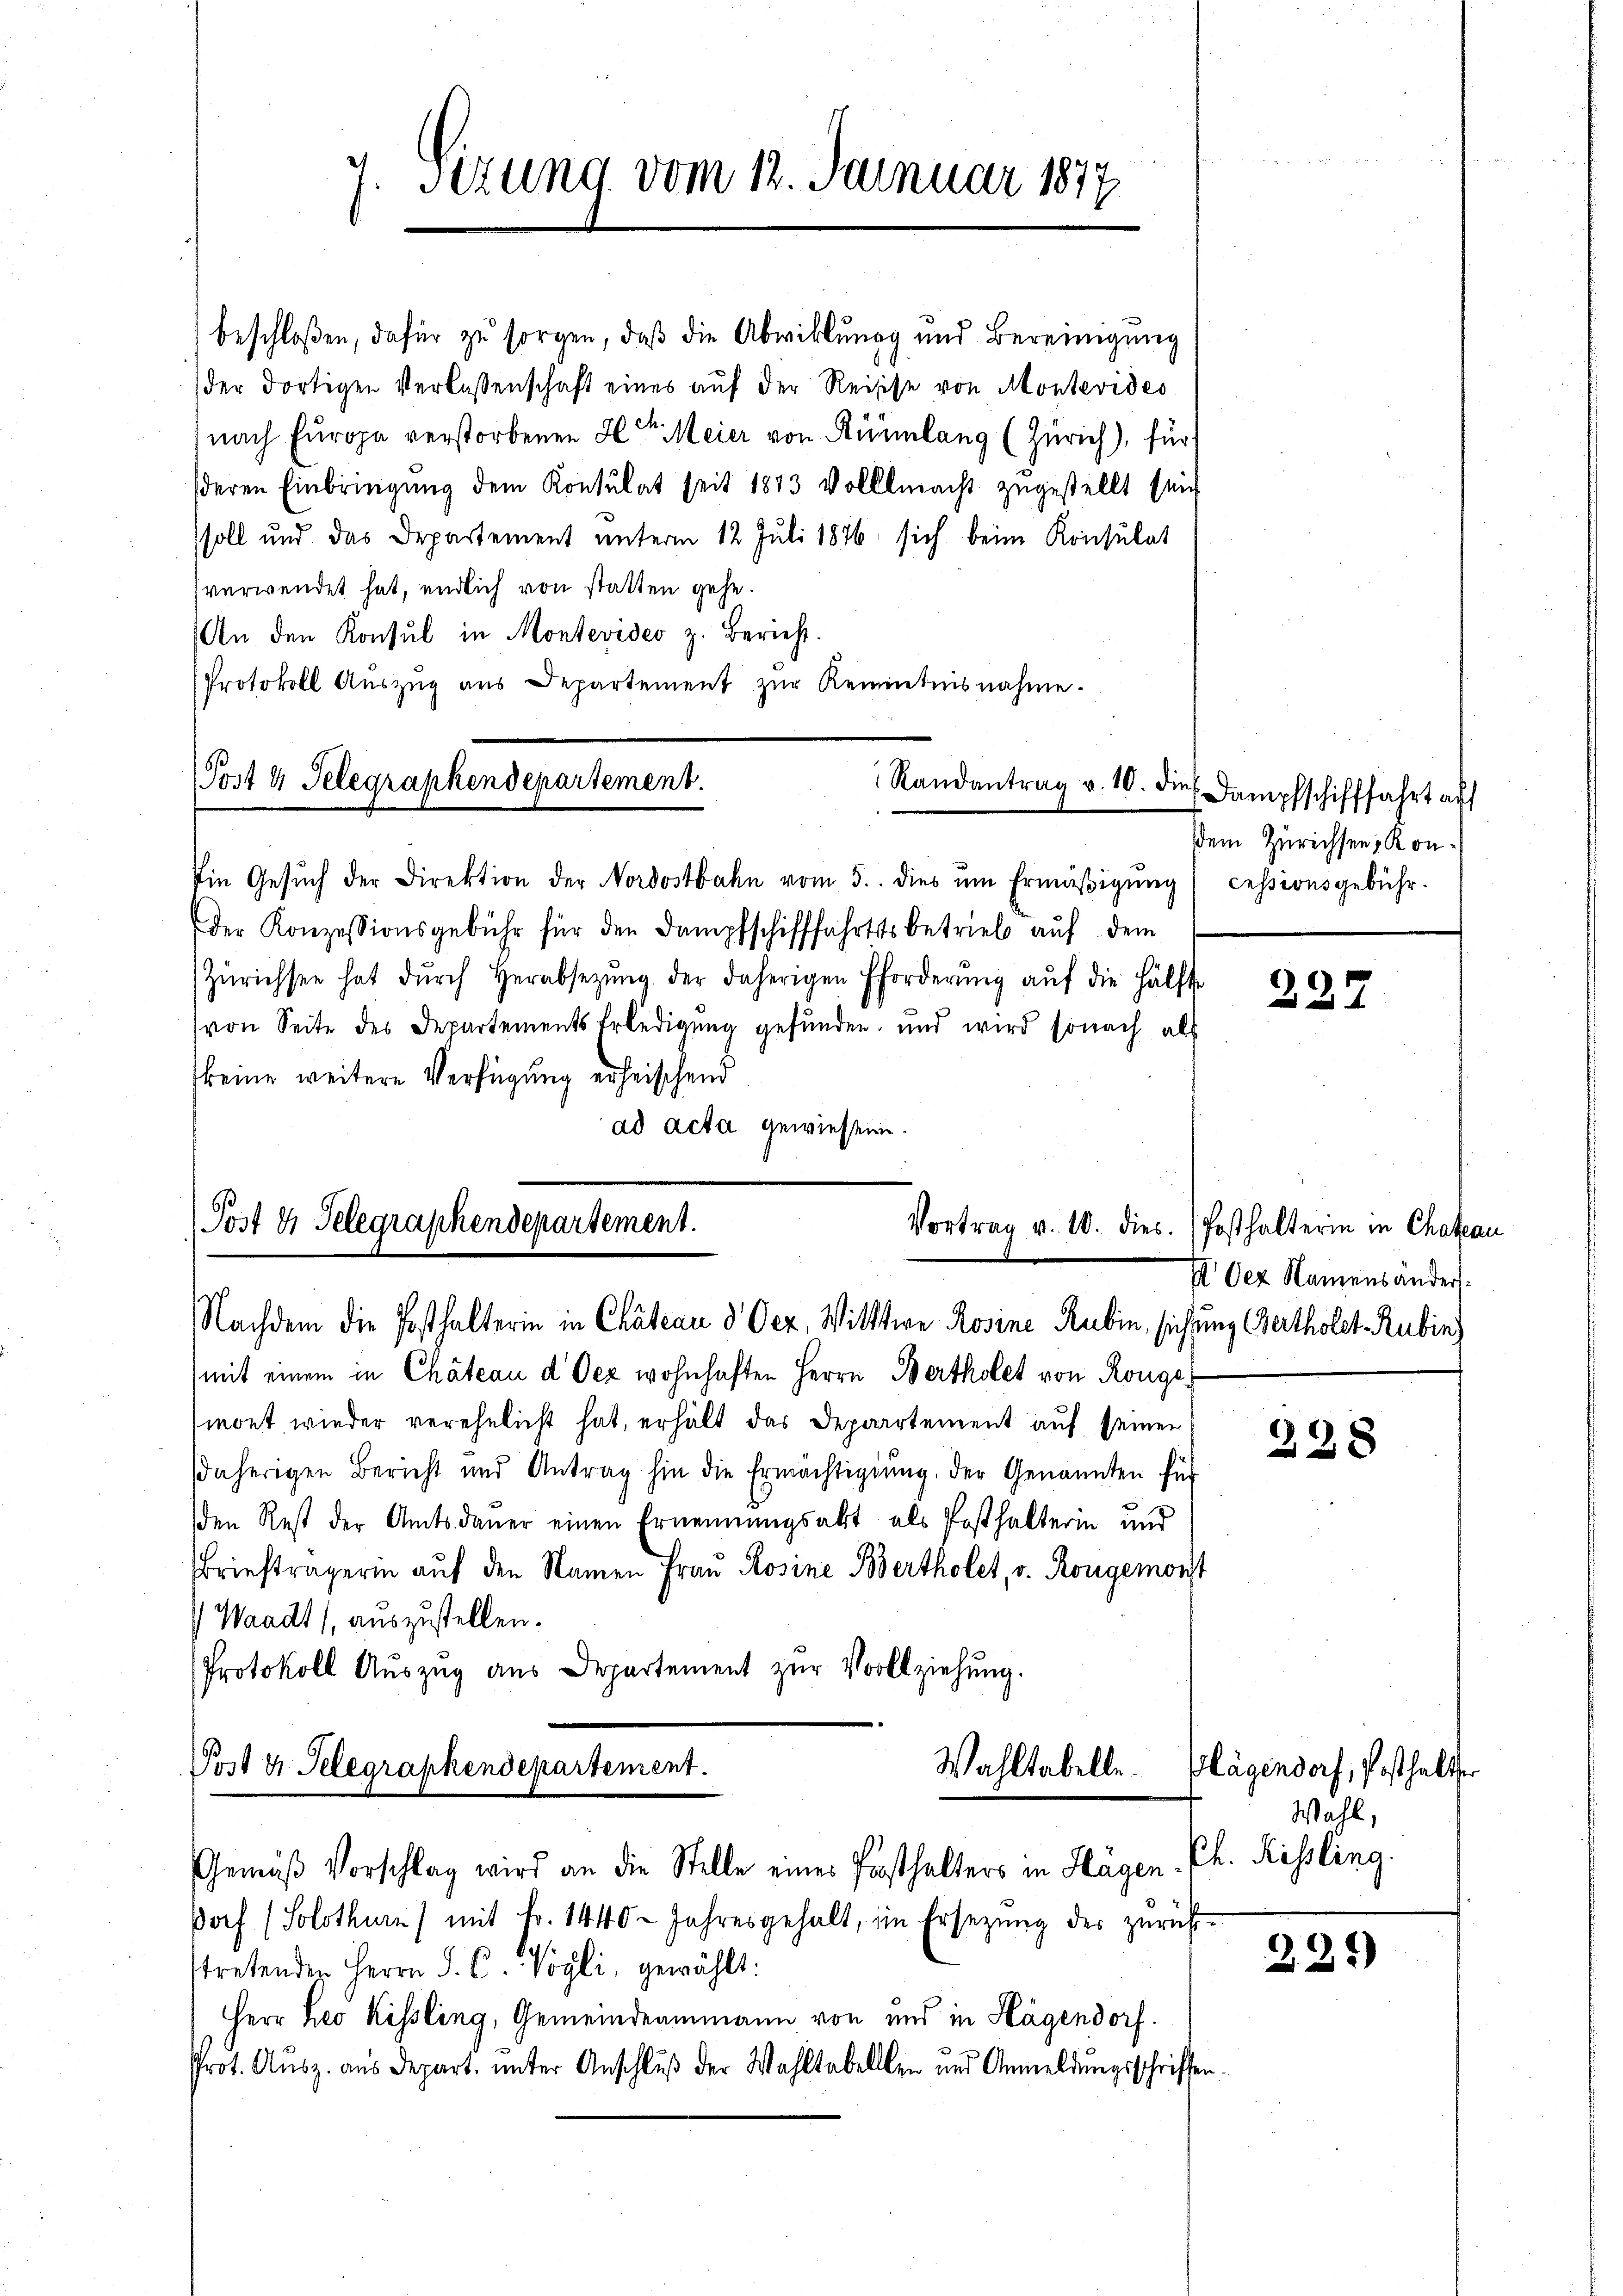
7. Setzung vom 12. Januar 1877

beschloßen, dafür zu sorgen, daß die Abwicklungg und Bereinigung
der dortigen Verlassenschaft eines aŭf der Reisse von Montevides
nach Europa verstorbenen Ilt. Meier von Rümlang (Zürich), für
deren Einbringung dem Konsulat seit 1873 volllmacht zugestellt sein
soll und das Departement unterm 12. Juli 1876 sich beim Konsulat
verwendet hat, endlich von statten gehe.
An den Konsul in Montevideo z. Bericht.
Protokoll Aŭszŭg ans Departement zŭr Kenntnisnahme.
.

Jost 4 Telegraphendepartement.
 Randantrag v. 10. die

Ein Gesŭch der Direktion der Nordostbahn vom 5. dies ŭm Ermäβigŭng
der Konzessionsgebühr für den Dampfschifffahrts betrieb auf dem
Zürichsee hat dŭrch Herabsetzŭng der daherigen forderŭng aŭf die Hälfte
von Seite des Departements Erledigung gefunden, und wird sonach als
keine weitere Verfügung erheischend
ad acta gewiesen.

Post 4 Telegraphendepartement.
Vortrag v. 10. dies
Nachdem die Posthalterin in Chateau 8 Ocz, Wittwe Rosine Rubin, sichtung ertholet-Rubing

Post 3 Telegraphendepartement.
Wahltabelle.
Gemäß Vorschlag wird an die Stelle eines Posthalters in Hägen Ch. Rissling.

mit einem in Chateau d Oez wohnhaften Herrn Bertholet von Ronger
mont, wieder verehelicht hat, erhält das Departement auf seiner
daherigen Bericht und Antrag hin die Ermächtigung, der Genannten für
den Rest der Amtsdauer einen Ernennungsakt als Posthalterin und
Briefträgerin auf den Namen Frau Rosine Bertholet, v. Rougemonst
Waadt auszustellen.
Protokoll Aŭszŭg aŭs Departement zŭr Vollziehŭng.

dorf (Solothurn) mit Fr. 1440. Jahresgehalt, im Ersetzŭng des zŭrück-
ttretenden Herrn J. C. Vogli, gewählt:
Herr Leo Kissling, Gemeindeammann von und in Hagendorf.
Prot. Ausz. aus Depart. unter Anschluß der Wahltabelllen und Anmeldungsschriften.

Dampfschifffahrt auf
dem Zürichsen, Koncessionsgebühr.

227

(Posthalterin in Chateau
I Oez Namensänders.

228

Klägendorf, Posthalter
Wahl,

22.)